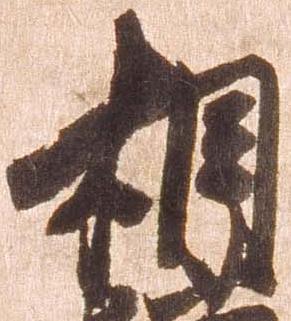
相